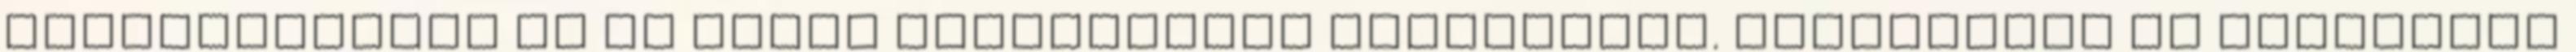
mobileszközök és az egyéb kiegészítők tárolására. Strapabíró és Sokoldalú